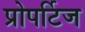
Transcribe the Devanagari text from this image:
प्रोपर्टिज